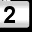
Digit: 2